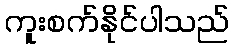
ကူးစက်နိုင်ပါသည်